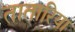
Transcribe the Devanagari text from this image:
तातारिया